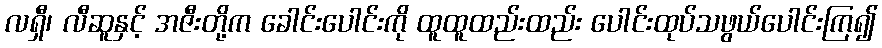
လရှီ၊ လီဆူနှင့် အဇီးတို့က ခေါင်းပေါင်းကို ထူထူထည်းထည်း ပေါင်းထုပ်သဖွယ်ပေါင်းကြ၍